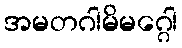
အမတဂါမိမဂ္ဂေါ